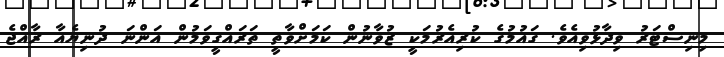
މިނިސްޓަރު ވިދާޅުވިއެވެ. ގައުމުގެ ކުރިއެރުމަކީ ޒުވާނުން ކަމަށްވާތީ ތަރައްގީވަމުން އަންނަ ދުނިޔެއާ ރާއްޖެ